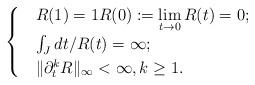
LaTeX: \begin{align*}\begin{cases} & R(1)=1 R(0):=\lim\limits_{t\to 0} R(t)=0;\\ & \int_J dt/R(t)=\infty;\\ & \|\partial^k_t R\|_{\infty} <\infty,k\geq 1.\end{cases}\end{align*}